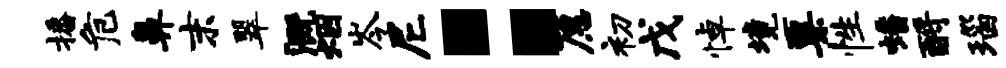
播危鼻末翠溉烟岑尼：愿初戊悼境粟性蟠酹瑙